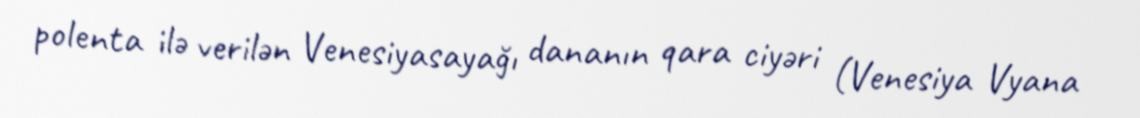
polenta ilə verilən Venesiyasayağı dananın qara ciyəri (Venesiya Vyana